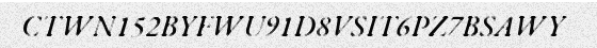
CTWN152BYFWU91D8VSIT6PZ7BSAWY